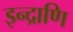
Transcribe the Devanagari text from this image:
इन्द्राणि